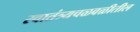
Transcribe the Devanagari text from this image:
स्वातंत्र्यचळवळीतील